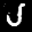
Label: 5